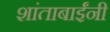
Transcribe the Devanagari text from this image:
शांताबार्इंनी